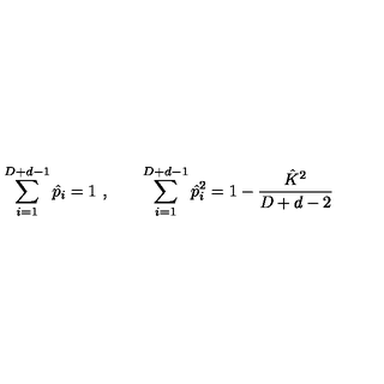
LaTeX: \sum _ { i = 1 } ^ { D + d - 1 } \hat { p } _ { i } = 1 \ , \qquad \sum _ { i = 1 } ^ { D + d - 1 } \hat { p } _ { i } ^ { 2 } = 1 - \frac { \hat { K } ^ { 2 } } { D + d - 2 }